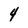
Character: 4